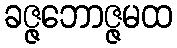
ခဇ္ဇဘောဇ္ဇမထ